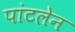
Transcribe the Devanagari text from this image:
पांटलेन